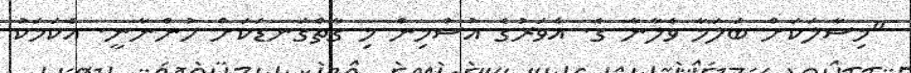
"މިސާލަކަށް ބަލަމާ ވެލާނާ ގެ. އެވަރުގެ އުސްމިން މި ގާތްގަނޑަކަށް ހުންނާނީ. އެކަމަކު